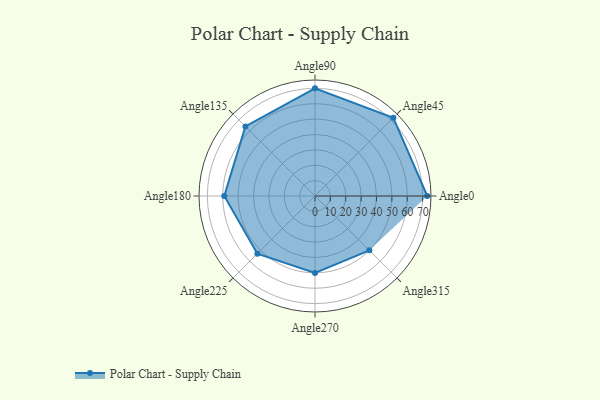
{"axis": {"x": "Angle", "y": "Radius"}, "legend": [""], "data": [{"x": "Angle0", "y": 73.0, "type": ""}, {"x": "Angle45", "y": 72.0, "type": ""}, {"x": "Angle90", "y": 70.0, "type": ""}, {"x": "Angle135", "y": 64.0, "type": ""}, {"x": "Angle180", "y": 59.0, "type": ""}, {"x": "Angle225", "y": 53.0, "type": ""}, {"x": "Angle270", "y": 50, "type": ""}, {"x": "Angle315", "y": 50, "type": ""}]}